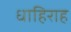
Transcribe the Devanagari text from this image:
धाहिराह